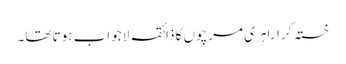
خستہ کرارا ہری مرچوں کا ذائقہ لا جواب ہوتا تھا۔